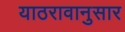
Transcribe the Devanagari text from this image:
याठरावानुसार